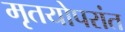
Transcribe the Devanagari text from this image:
मृतयोपरांत